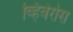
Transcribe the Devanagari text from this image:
व्हिवेरोस